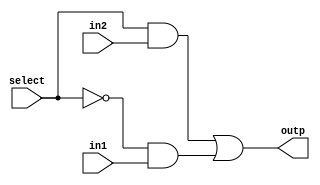
`timescale 1ns / 1ps
//D Latch Using 2x1 Mux 

module mux(in1, in2 , select,outp);
input in1, in2, select;
output reg outp;
always@ (in1 or in2 or select)
begin
    outp = (select& in2) | (~select & in1);
end
endmodule


module d_latch_2x1_mux(data, clk, out);
input  data,clk;
output out;
mux uut(.in1(out),.in2(data),.select(clk),.outp(out));
endmodule